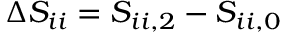
\Delta S _ { i i } = S _ { i i , 2 } - S _ { i i , 0 }